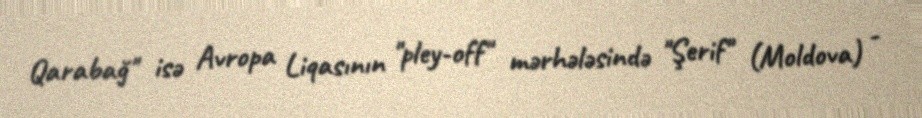
Qarabağ" isə Avropa Liqasının "pley-off" mərhələsində "Şerif" (Moldova) -